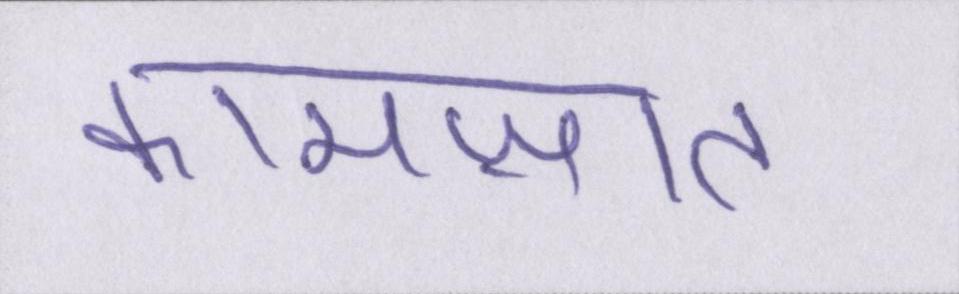
कामज़ात